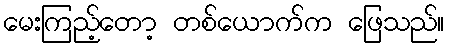
မေးကြည့်တော့ တစ်ယောက်က ဖြေသည်။